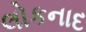
લોકનાદ